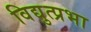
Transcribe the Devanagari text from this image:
विद्युत्प्रभा